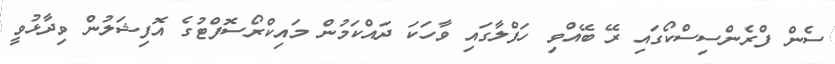
ސެން ފްރެންސިސްކޯގައި ރޭ ބޭއްވި ހަފްލާގައި ވާހަކަ ދައްކަމުން މައިކްރޯސޮފްޓުގެ އޮފިޝަލުން ވިދާޅުވީ